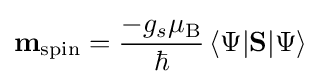
\mathbf {m} _{\rm {spin}}={\frac {-g_{s}\mu _{\rm {B}}}{\hbar }}\,\langle \Psi \vert \mathbf {S} \vert \Psi \rangle